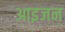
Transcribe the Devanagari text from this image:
आइजन